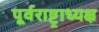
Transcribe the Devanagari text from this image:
पूर्वराष्ट्राध्यक्ष